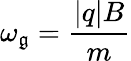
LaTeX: \omega_{\mathfrak{g}}={\frac{{|q|B}}{{m}}}